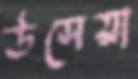
উসেয়া